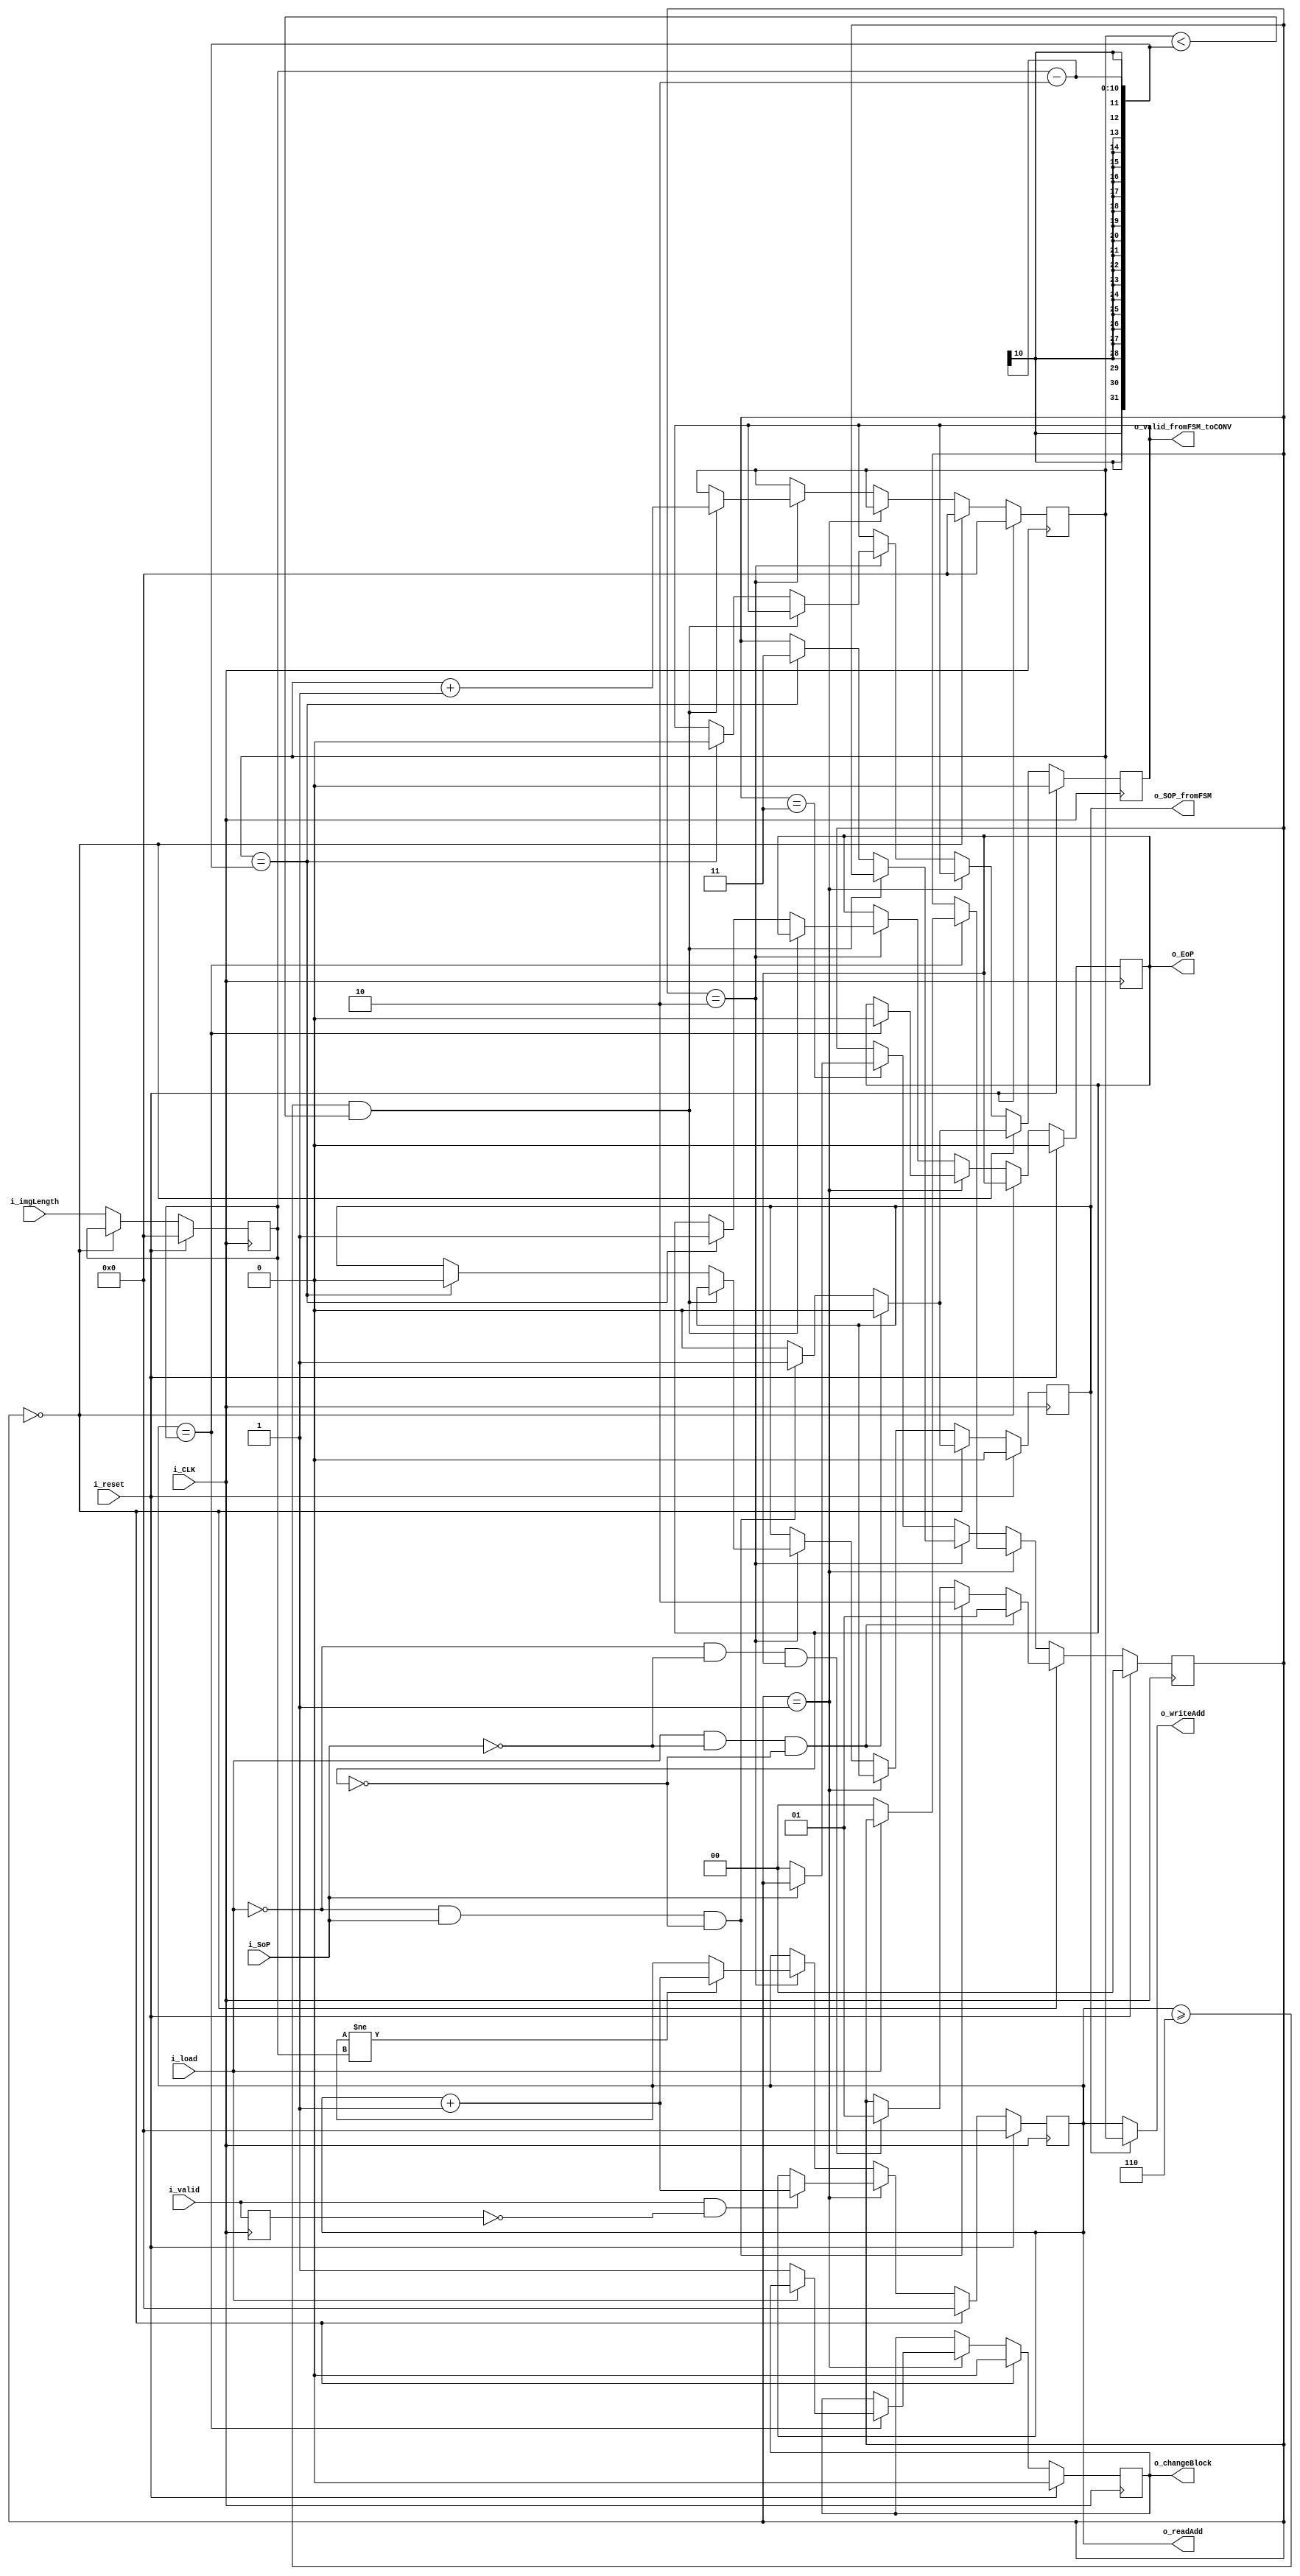
// This program was cloned from: https://github.com/ivanvig/2dconv-FPGA
// License: MIT License

`timescale 1ns / 1ps

`define NB_ADDRESS      10
`define NB_IMAGE        10
`define NB_STATES       2

module FSMv2#(
    parameter NB_ADDRESS= `NB_ADDRESS,
    parameter NB_IMAGE  = `NB_IMAGE,
    parameter NB_STATES = `NB_STATES

    )(
    //Definicion de puertos
    output [NB_ADDRESS-1:0]  o_writeAdd,
    output [NB_ADDRESS-1:0]  o_readAdd,
    output                   o_EoP,
    output                   o_SOP_fromFSM,
    output                   o_changeBlock,
    output                   o_valid_fromFSM_toCONV,
    input  [NB_IMAGE-1:0]    i_imgLength,
    input                    i_CLK,
    input                    i_reset,
    input                    i_SoP,
    input                    i_valid,
    input                    i_load
    );
    //Latcheo de salidas 
    reg [NB_ADDRESS-1:0]                     counterAdd;
    reg [NB_ADDRESS-1:0]           counter_with_latency;
    reg [NB_IMAGE-1:0]					      imgHeight;
    reg                                    endOfProcess;
    //registro utulizado para el estado de carga a las memoriras
    reg                                   beginigProcess; 
    reg                                     changeBlock;
    reg                                      sopControl;
    reg                            valid_previous_state;
    //registro utilizado para el valid de convolucionador
    reg                                      validFSM_toCONV_reg;
    //Ni bien se crean los registros, toman esos valores.
    reg [NB_STATES-1:0]  states;

    initial begin
        counterAdd              = `NB_ADDRESS'd0;
        counter_with_latency    = `NB_ADDRESS'd0;
        imgHeight               = `NB_ADDRESS'd0;
        endOfProcess            = 1'b0;
        changeBlock             = 1'b0;
        sopControl              = 1'b0;
        beginigProcess		    = 1'b0;
        valid_previous_state    = 1'b0;
        validFSM_toCONV_reg              = 1'b0;
        states                  = `NB_STATES'd0;
    end        
    
    always @(posedge i_CLK) begin  
      	valid_previous_state<=i_valid;
      	if(i_reset==1'b1)begin
        	counterAdd           <= `NB_ADDRESS'd0;
        	counter_with_latency <= `NB_ADDRESS'd0;
        	endOfProcess         <= 1'b0;
        	changeBlock          <= 1'b0;
        	sopControl           <= 1'b0;
        	beginigProcess		 <= 1'b0;
        	imgHeight			 <= 'd0;
            validFSM_toCONV_reg  <= 1'b0;
            states               <= `NB_STATES'd0;
      	end
      	else begin
            imgHeight <= i_imgLength;
            if(states == 2'b00) begin
                counter_with_latency  <= `NB_ADDRESS'd0;
                counterAdd            <= `NB_ADDRESS'd0;
                changeBlock           <= 1'b0;
                imgHeight             <= imgHeight;
                if(i_load && ~i_SoP && ~endOfProcess) begin
                    //estado de carga
                    states          <= 2'b01;
                    beginigProcess  <= 1'b1;
                    sopControl      <= 1'b0;
                    validFSM_toCONV_reg      <= 1'b0;
                end
                else if(~i_load  && i_SoP && ~endOfProcess) begin
                    //estado de procesamiento
                    states <= 2'b10;
                    beginigProcess  <= 1'b0;
                    sopControl      <= 1'b1;
                    validFSM_toCONV_reg      <= 1'b1;
                end
                else if(~i_load && ~i_SoP && endOfProcess)begin
                    //estado de lectura
                    states          <= 2'b01;
                    beginigProcess  <= 1'b0;
                    sopControl      <= 1'b0;
                    validFSM_toCONV_reg      <= 1'b0;
                end
                else begin
                    states          <= states;
                    beginigProcess  <= 1'b0;
                    sopControl      <= 1'b0;
                    validFSM_toCONV_reg      <= 1'b0;
                end
            end
            else if(states == 2'b01)begin
                //Manejo de direcciones en funcin del valid
                if (i_valid && !valid_previous_state) counterAdd <= counterAdd+1;
                else counterAdd   <= counterAdd;
                
                //Verificacin si termino de leer/cargar un bloque
                if (counterAdd==imgHeight)begin
                    if(~i_load)begin
                        changeBlock <= 1'b1;
                        states      <= 2'b00;
                    end
                    else begin
                        changeBlock <= changeBlock;
                        states      <= states;
                    end
                    if(endOfProcess == 1'b1) endOfProcess <= 1'b0;
                    else if(beginigProcess>=2'b01) beginigProcess <= 1'b0;
                    else begin
                        endOfProcess      <= endOfProcess;
                        beginigProcess    <= beginigProcess; 
                    end 
                end
                else begin
                    changeBlock     <= changeBlock;
                    endOfProcess    <= endOfProcess;
                    beginigProcess  <= beginigProcess;
                    states          <= states; 
                end 
            end
            else if(states == 2'b10) begin
                beginigProcess <= beginigProcess;
                
                if(counterAdd != imgHeight)  counterAdd   <= counterAdd+1;
                else counterAdd   <= counterAdd;
        
                //Shifteo para el write address, teniendo en cuenta la latencia.
                if(counterAdd>=10'h6 && counter_with_latency < imgHeight-2) begin
                    counter_with_latency    <= counter_with_latency +1;
                    endOfProcess            <= endOfProcess;
                    validFSM_toCONV_reg              <= validFSM_toCONV_reg;
                    sopControl              <= sopControl;
                    states                  <= states;
                end
                else if(counter_with_latency == imgHeight-2)begin 
                    //si se llega la tamao de la imagen reseteo los contadores 
                    counter_with_latency    <= counter_with_latency;
                    validFSM_toCONV_reg              <= 1'b0;
                    endOfProcess            <= 1'b1;
                    sopControl              <= 1'b0;
                    states                  <= 2'b11;
                end
                else begin
                    counter_with_latency    <= counter_with_latency;
                    endOfProcess            <= endOfProcess;
                    validFSM_toCONV_reg              <= validFSM_toCONV_reg;
                    sopControl              <= sopControl;
                    states                  <= states;
                    end
            end
        	else if(states == 2'b11)begin
                if (~i_SoP)
                    states   <= 2'b00;
                else 
                    states <= states;
            end
        end 
    end 
    //end always   
 
     //Assign          
    assign     {o_writeAdd}             = (sopControl) ? counter_with_latency:counterAdd;//counterAdd;
    assign      {o_readAdd}             = counterAdd;
    assign          {o_EoP}             = endOfProcess;
    assign  {o_changeBlock}             = changeBlock;
    assign  {o_valid_fromFSM_toCONV}    = validFSM_toCONV_reg;
    assign  {o_SOP_fromFSM}             = sopControl;

endmodule